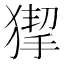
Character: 𤠵